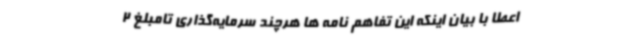
اعطا با بیان اینکه این تفاهم نامه ها هرچند سرمایه‌گذاری تامبلغ 2